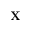
\mathbf { X }